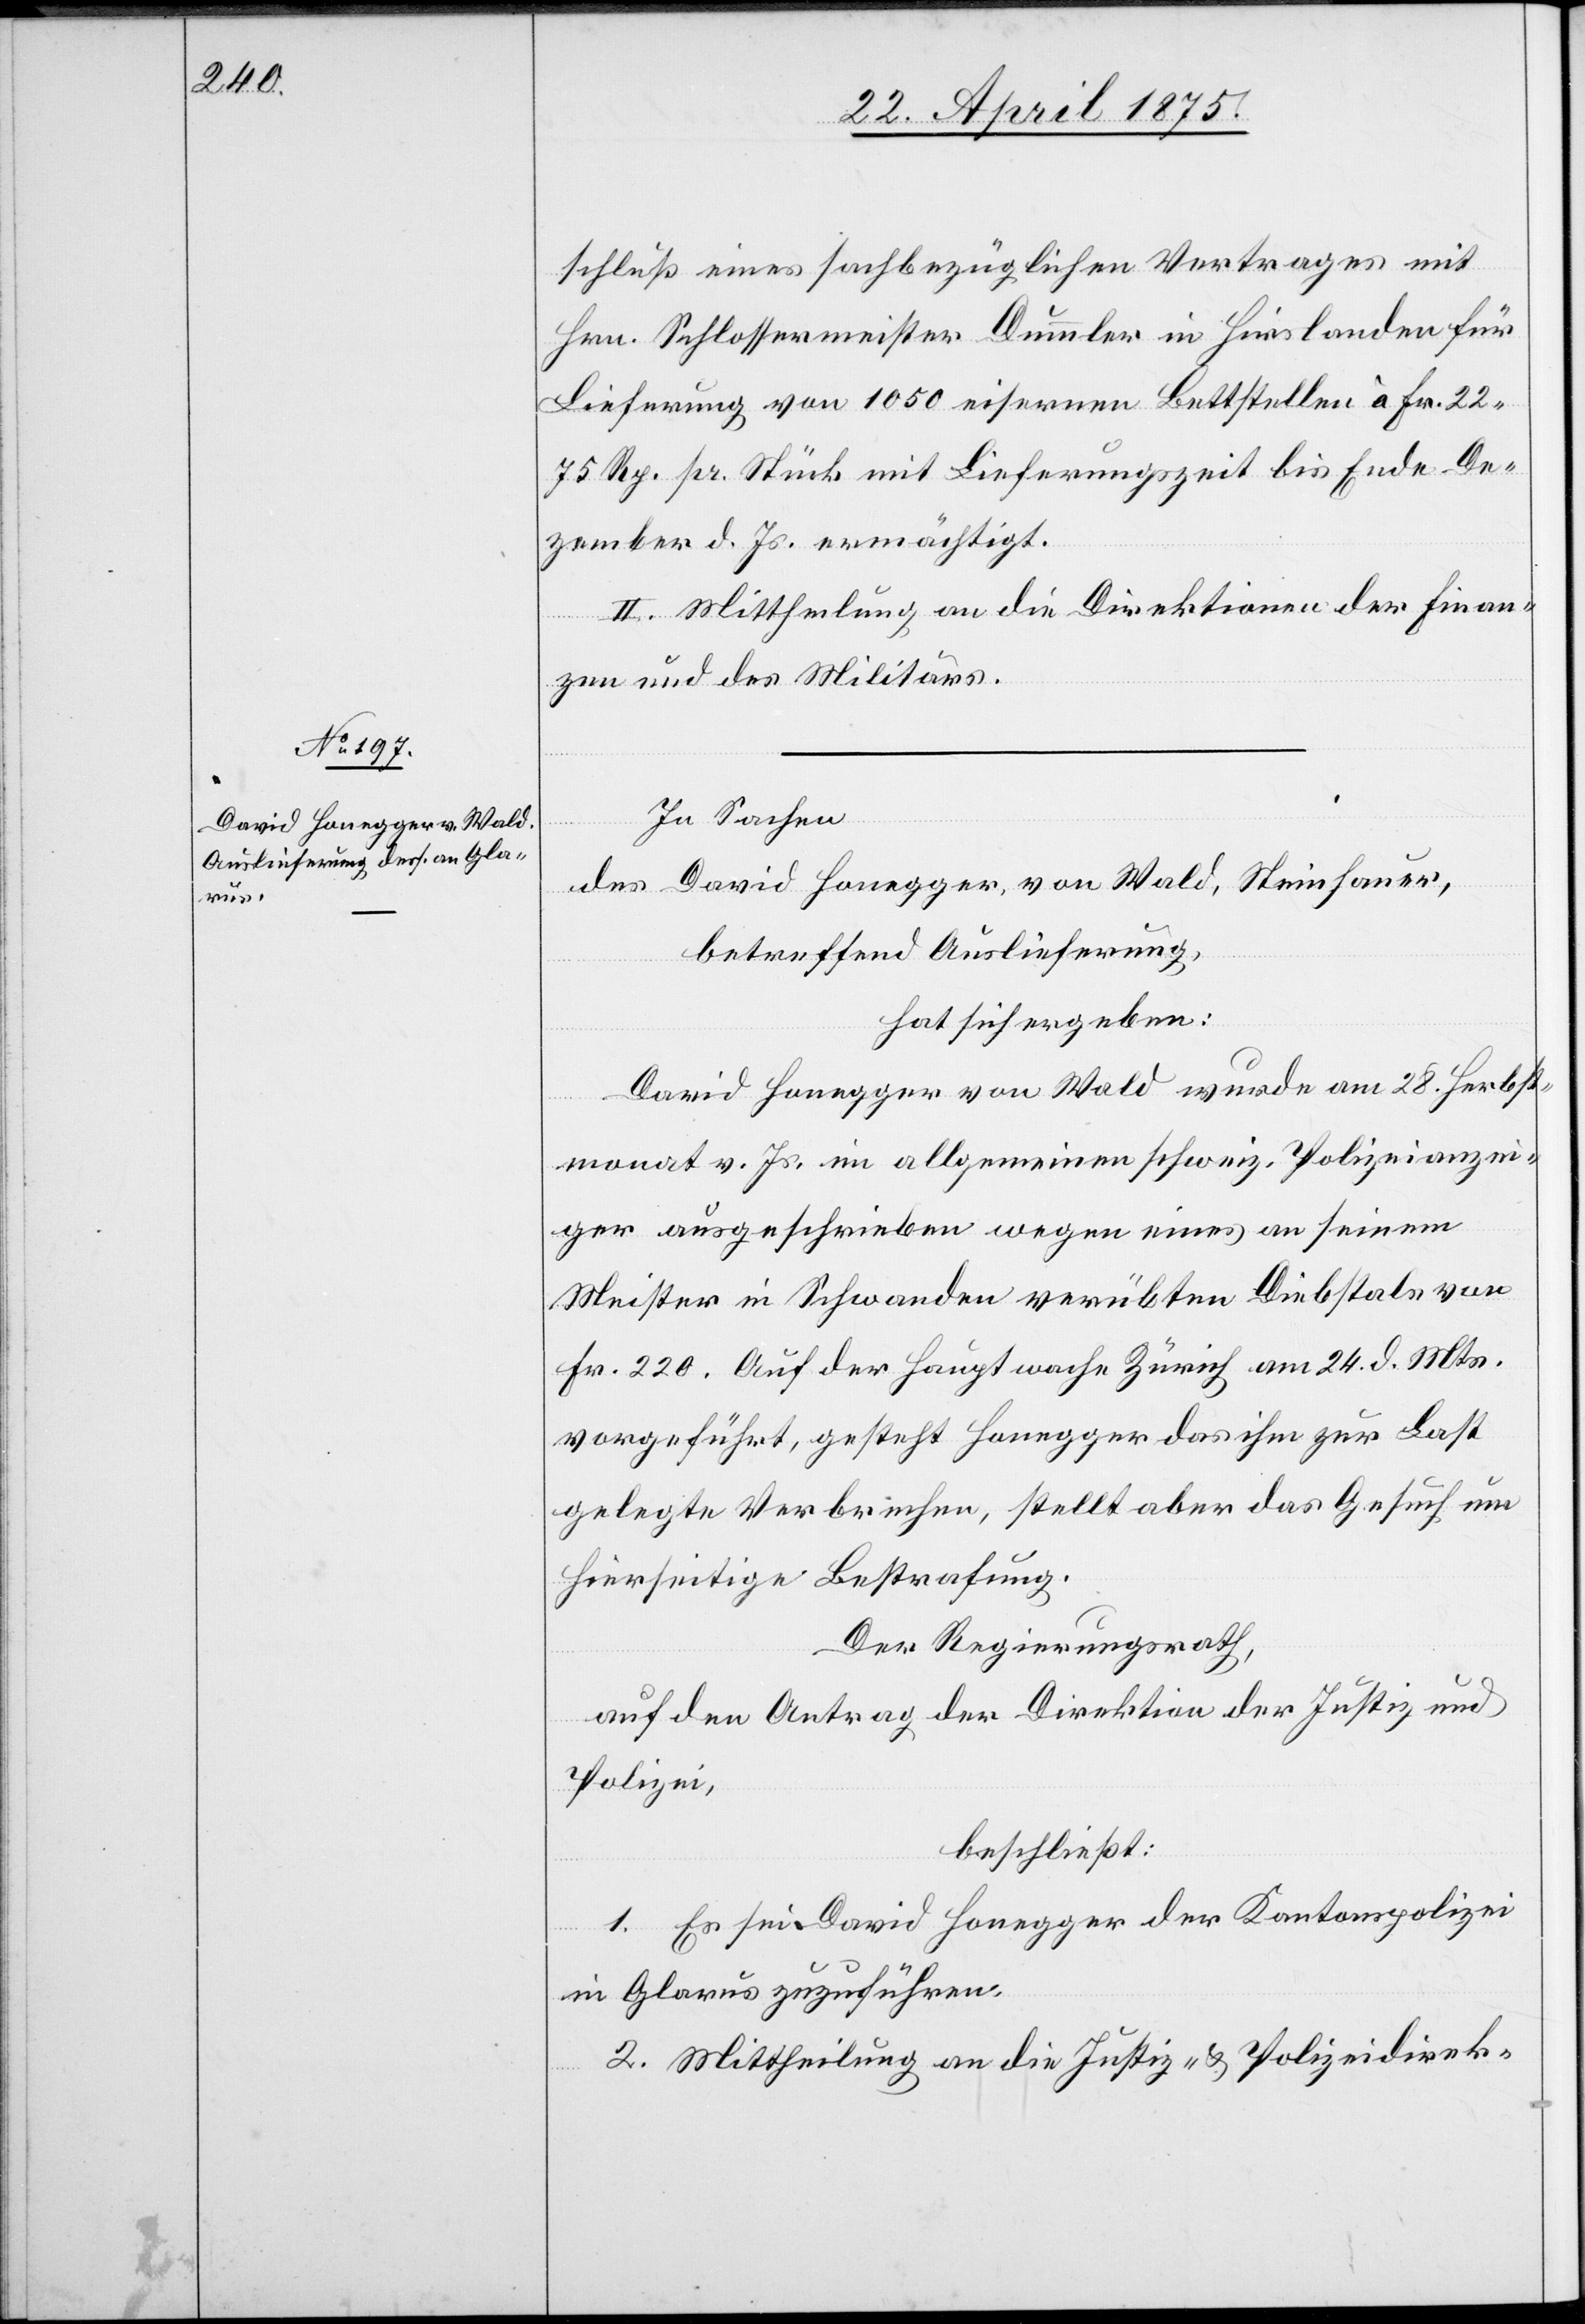
schluß eines sachbezüglichen Vertrages mit
Hrn. Schlossermeister Dummler in Hirslanden für
Lieferung von 1050 eisernen Bettstellen à Fr. 22
75 Rp. pr. Stück mit Lieferungszeit bis Ende De¬
zember d. Js ermächtigt.
II. Mittheilung an die Direktionen der Finan¬
zen und des Militärs.
In Sachen
des David Honegger, von Wald, Steinhauer,
betreffend Auslieferung,
hat sich ergeben:
David Honegger von Wald wurde am 28. Herbst¬
monat v. Js im allgemeinen schweiz. Polizeianzei¬
ger ausgeschrieben wegen eines an seinem
Meister in Schwanden verübten Diebstals von
Fr. 220. Auf der Hauptwache Zürich am 24. d. Mts.
vorgeführt, gesteht Honegger das ihm zur Last
gelegte Verbrechen, stellt aber das Gesuch um
hierseitige Bestrafung.
Der Regierungsrath,
auf den Antrag der Direktion der Justiz und
Polizei,
beschließt:
1. Es sei David Honegger der Kantonspolizei
in Glarus zuzuführen.
2. Mittheilung an die Justiz- & Polizeidirek-